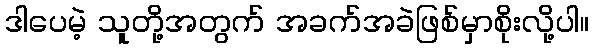
ဒါပေမဲ့ သူတို့အတွက် အခက်အခဲဖြစ်မှာစိုးလို့ပါ။